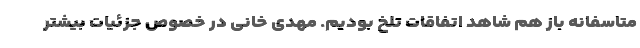
متاسفانه باز هم شاهد اتفاقات تلخ بودیم. مهدی خانی در خصوص جزئیات بیشتر